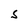
Character: S